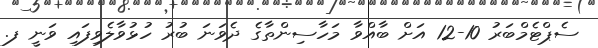
ސެޕްޓެމްބަރު 10-12 އަށް ބާއްވާ މަހާސިންތާގެ ދެވަނަ ބުރު ހުޅުވާލެވިފައި ވަނީ ފ.